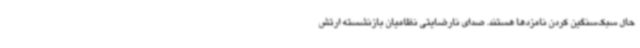
حال سبک‌سنگین کردن نامزدها هستند. صدای نارضایتی نظامیان بازنشسته ارتش